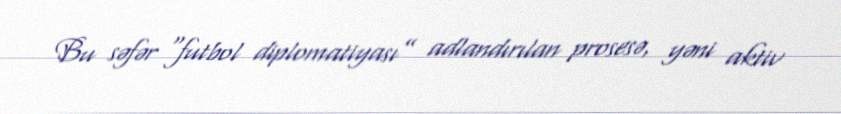
Bu səfər “futbol diplomatiyası” adlandırılan prosesə, yəni aktiv